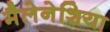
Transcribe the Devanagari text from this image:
मैलेनेशिया